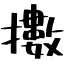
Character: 擻